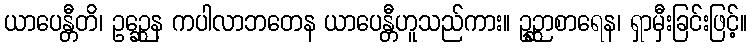
ယာပေန္တီတိ၊ ဥဉ္ဆေန ကပါလာဘတေန ယာပေန္တီဟူသည်ကား။ ဥဉ္ဆာစာရေန၊ ရှာမှီးခြင်းဖြင့်။